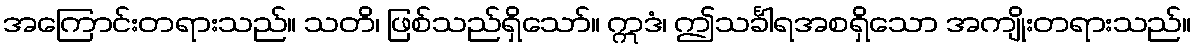
အကြောင်းတရားသည်။ သတိ၊ ဖြစ်သည်ရှိသော်။ ဣဒံ၊ ဤသင်္ခါရအစရှိသော အကျိုးတရားသည်။